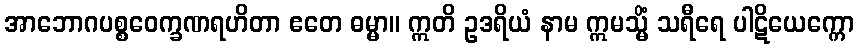
အာဘောဂပစ္စဝေက္ခဏရဟိတာ ဧတေ ဓမ္မာ။ ဣတိ ဥဒရိယံ နာမ ဣမသ္မိံ သရီရေ ပါဋိယေက္ကော